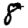
Digit: 8